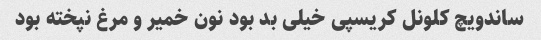
ساندویچ کلونل کریسپی خیلی بد بود نون خمیر و مرغ نپخته بود